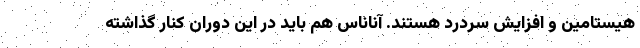
هیستامین و افزایش سردرد هستند. آناناس هم باید در این دوران کنار گذاشته